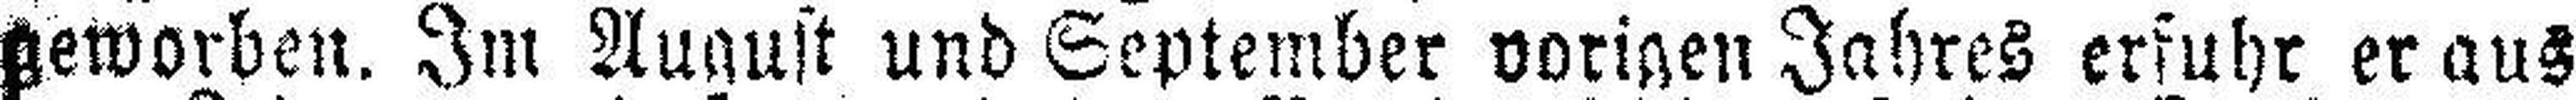
geworben. Im August und September vorigen Jahres erfuhr er aus